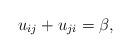
LaTeX: \begin{gather*}u_{ij}+u_{ji}=\beta,\end{gather*}